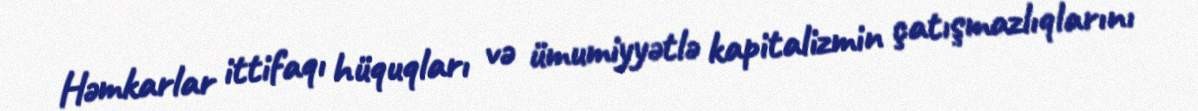
Həmkarlar ittifaqı hüquqları və ümumiyyətlə kapitalizmin çatışmazlıqlarını